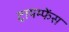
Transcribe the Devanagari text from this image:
ट्रायम्फेंस